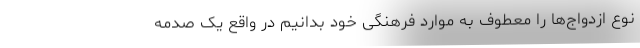
نوع ازدواج‌ها را معطوف به موارد فرهنگی خود بدانیم در واقع یک صدمه